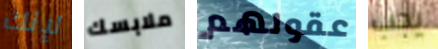
لإنك ملابسك عقولهم يجب